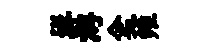
班游企雍